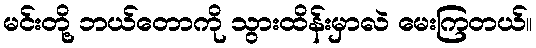
မင်းတို့ ဘယ်တောကို သွားထိန်းမှာလဲ မေးကြတယ်။